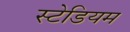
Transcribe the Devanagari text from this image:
स्‍टेडियम